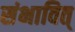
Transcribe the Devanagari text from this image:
संभावित्